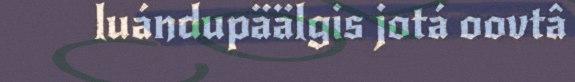
luándupäälgis jotá oovtâ